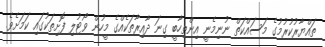
ތައްޔާރުކުރުމުގެ މަސައްކަތް ނުނިމެނީ އިންތިހާބީ ގިނަ ދާއިރާތަކެއްގެ މީހުން ވޯޓުލި ފޮށިތަކުގައި ކަމަށެވެ.